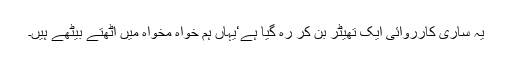
یہ ساری کارروائی ایک تھیٹر بن کر رہ گیا ہے‘یہاں ہم خواہ مخواہ میں اٹھتے بیٹھے ہیں۔